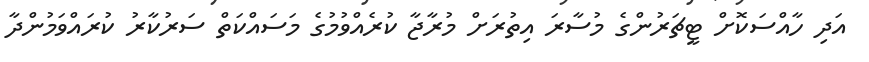
އަދި ހާއްސަކޮށް ޓީޗަރުންގެ މުސާރަ އިތުރަށް މުރާޖާ ކުރެއްވުމުގެ މަސައްކަތް ސަރުކާރު ކުރައްވަމުންދާ